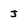
Character: J